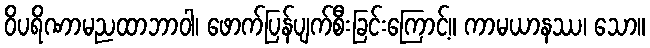
ဝိပရိဏာမညထာဘာဝါ၊ ဖောက်ပြန်ပျက်စီးခြင်းကြောင့်။ ကာမယာနဿ၊ သော။